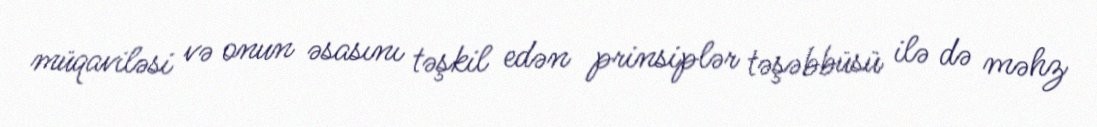
müqaviləsi və onun əsasını təşkil edən prinsiplər təşəbbüsü ilə də məhz